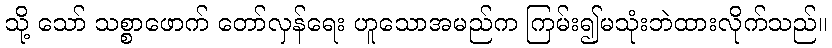
သို့ သော် သစ္စာဖောက် တော်လှန်ရေး ဟူသောအမည်က ကြမ်း၍မသုံးဘဲထားလိုက်သည်။